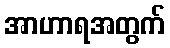
အာဟာရအတွက်